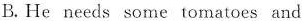
B.He needs some tomatoes and